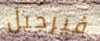
فيرجيل